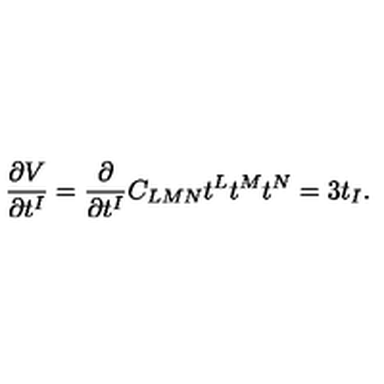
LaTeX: \frac { \partial V } { \partial t ^ { I } } = \frac { \partial } { \partial t ^ { I } } C _ { L M N } t ^ { L } t ^ { M } t ^ { N } = 3 t _ { I } .